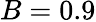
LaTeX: B=0.9